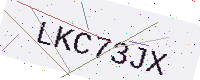
Text: LKC73JX